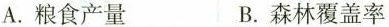
A.粮食产量 B.森林覆盖率